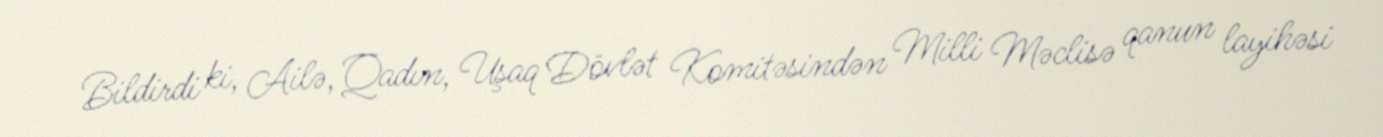
Bildirdi ki, Ailə, Qadın, Uşaq Dövlət Komitəsindən Milli Məclisə qanun layihəsi